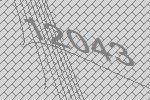
12043